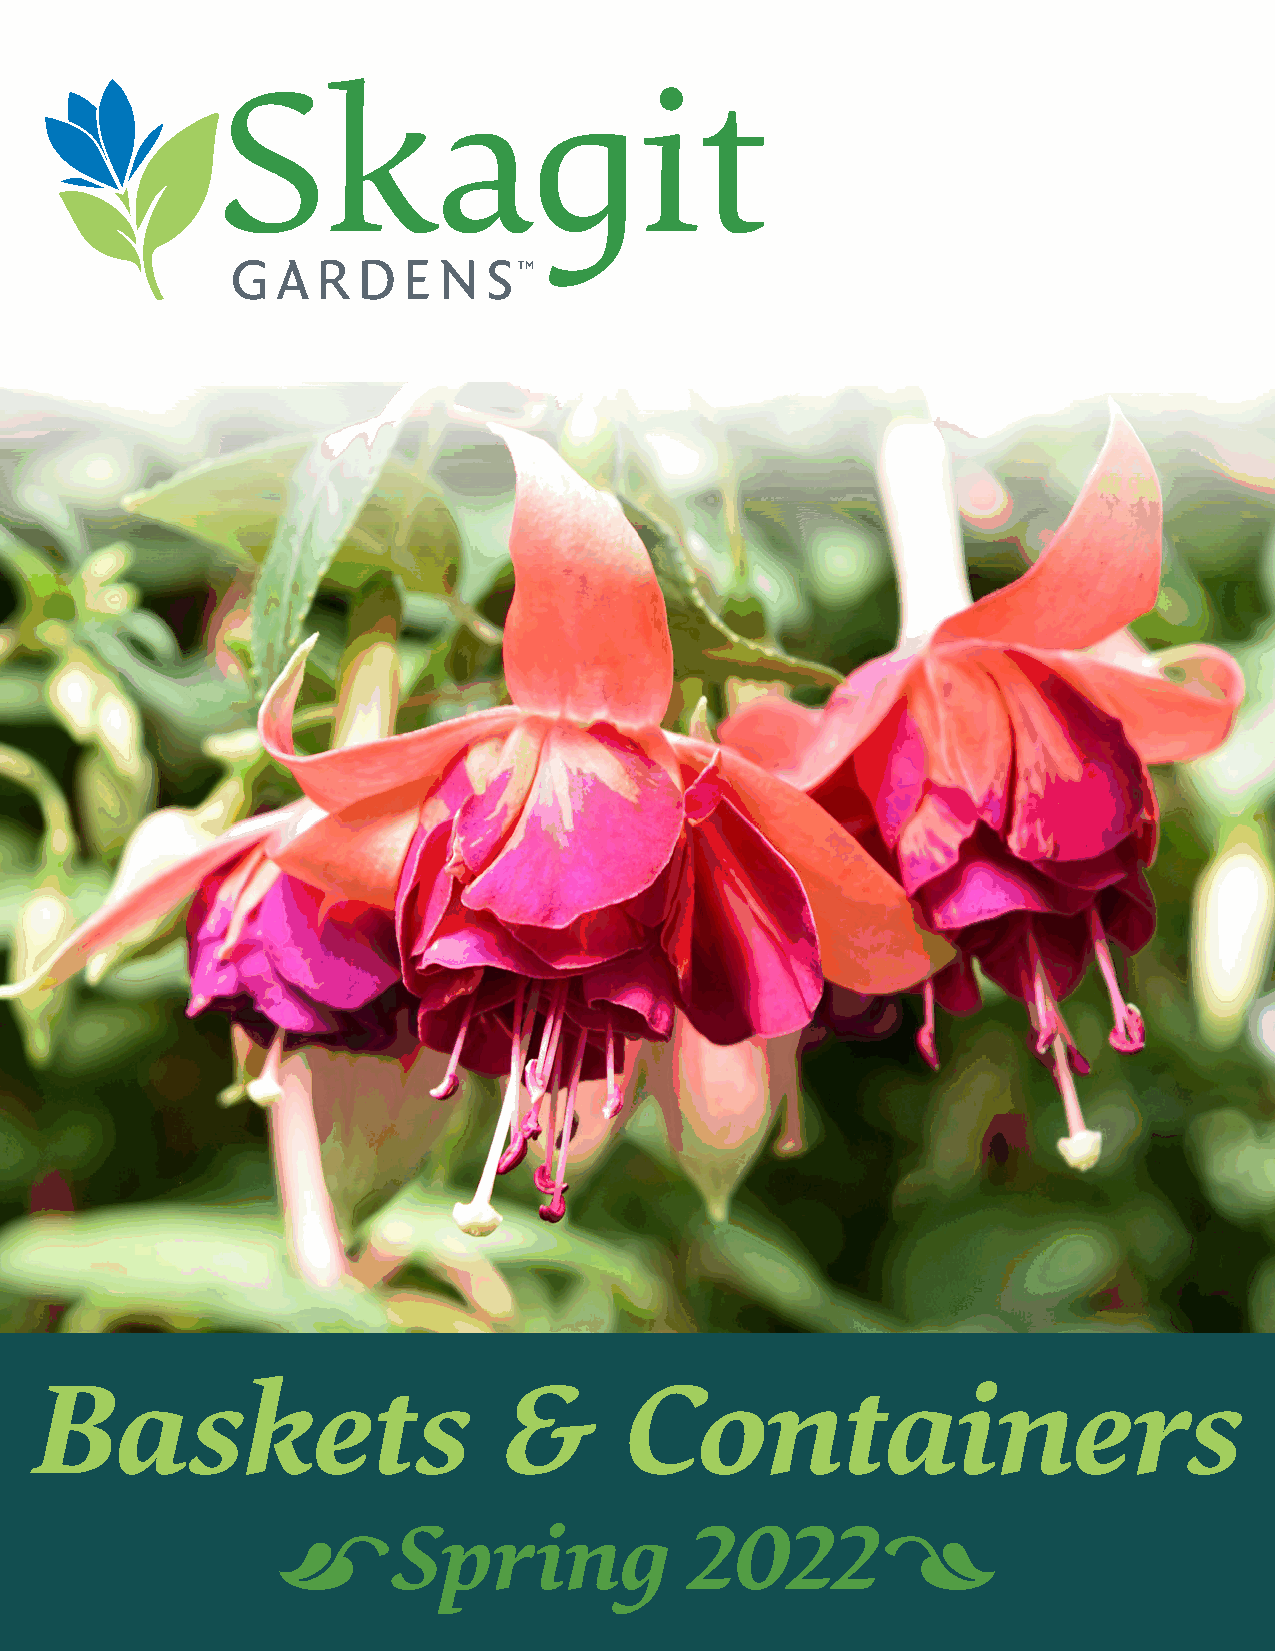
Baskets                        &       Containers
 9Spring                     20228